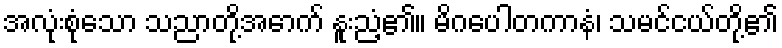
အလုံးစုံသော သညာတို့အောက် နူးညံ့၏။ မိဂပေါတကာနံ၊ သမင်ငယ်တို့၏